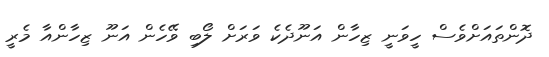
ދޮންތައަށްވެސް ހީވަނީ ޒިހާން އަނޫދެކެ ވަރަށް ލޯބި ވޭހެން އަނޫ ޒިހާންއާ މެރީ